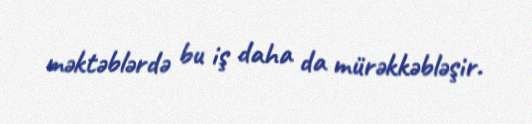
məktəblərdə bu iş daha da mürəkkəbləşir.